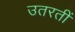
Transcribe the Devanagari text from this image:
उतरतीं